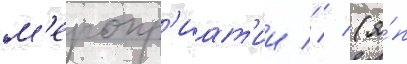
м'еропр'иат'ии // / (я́п